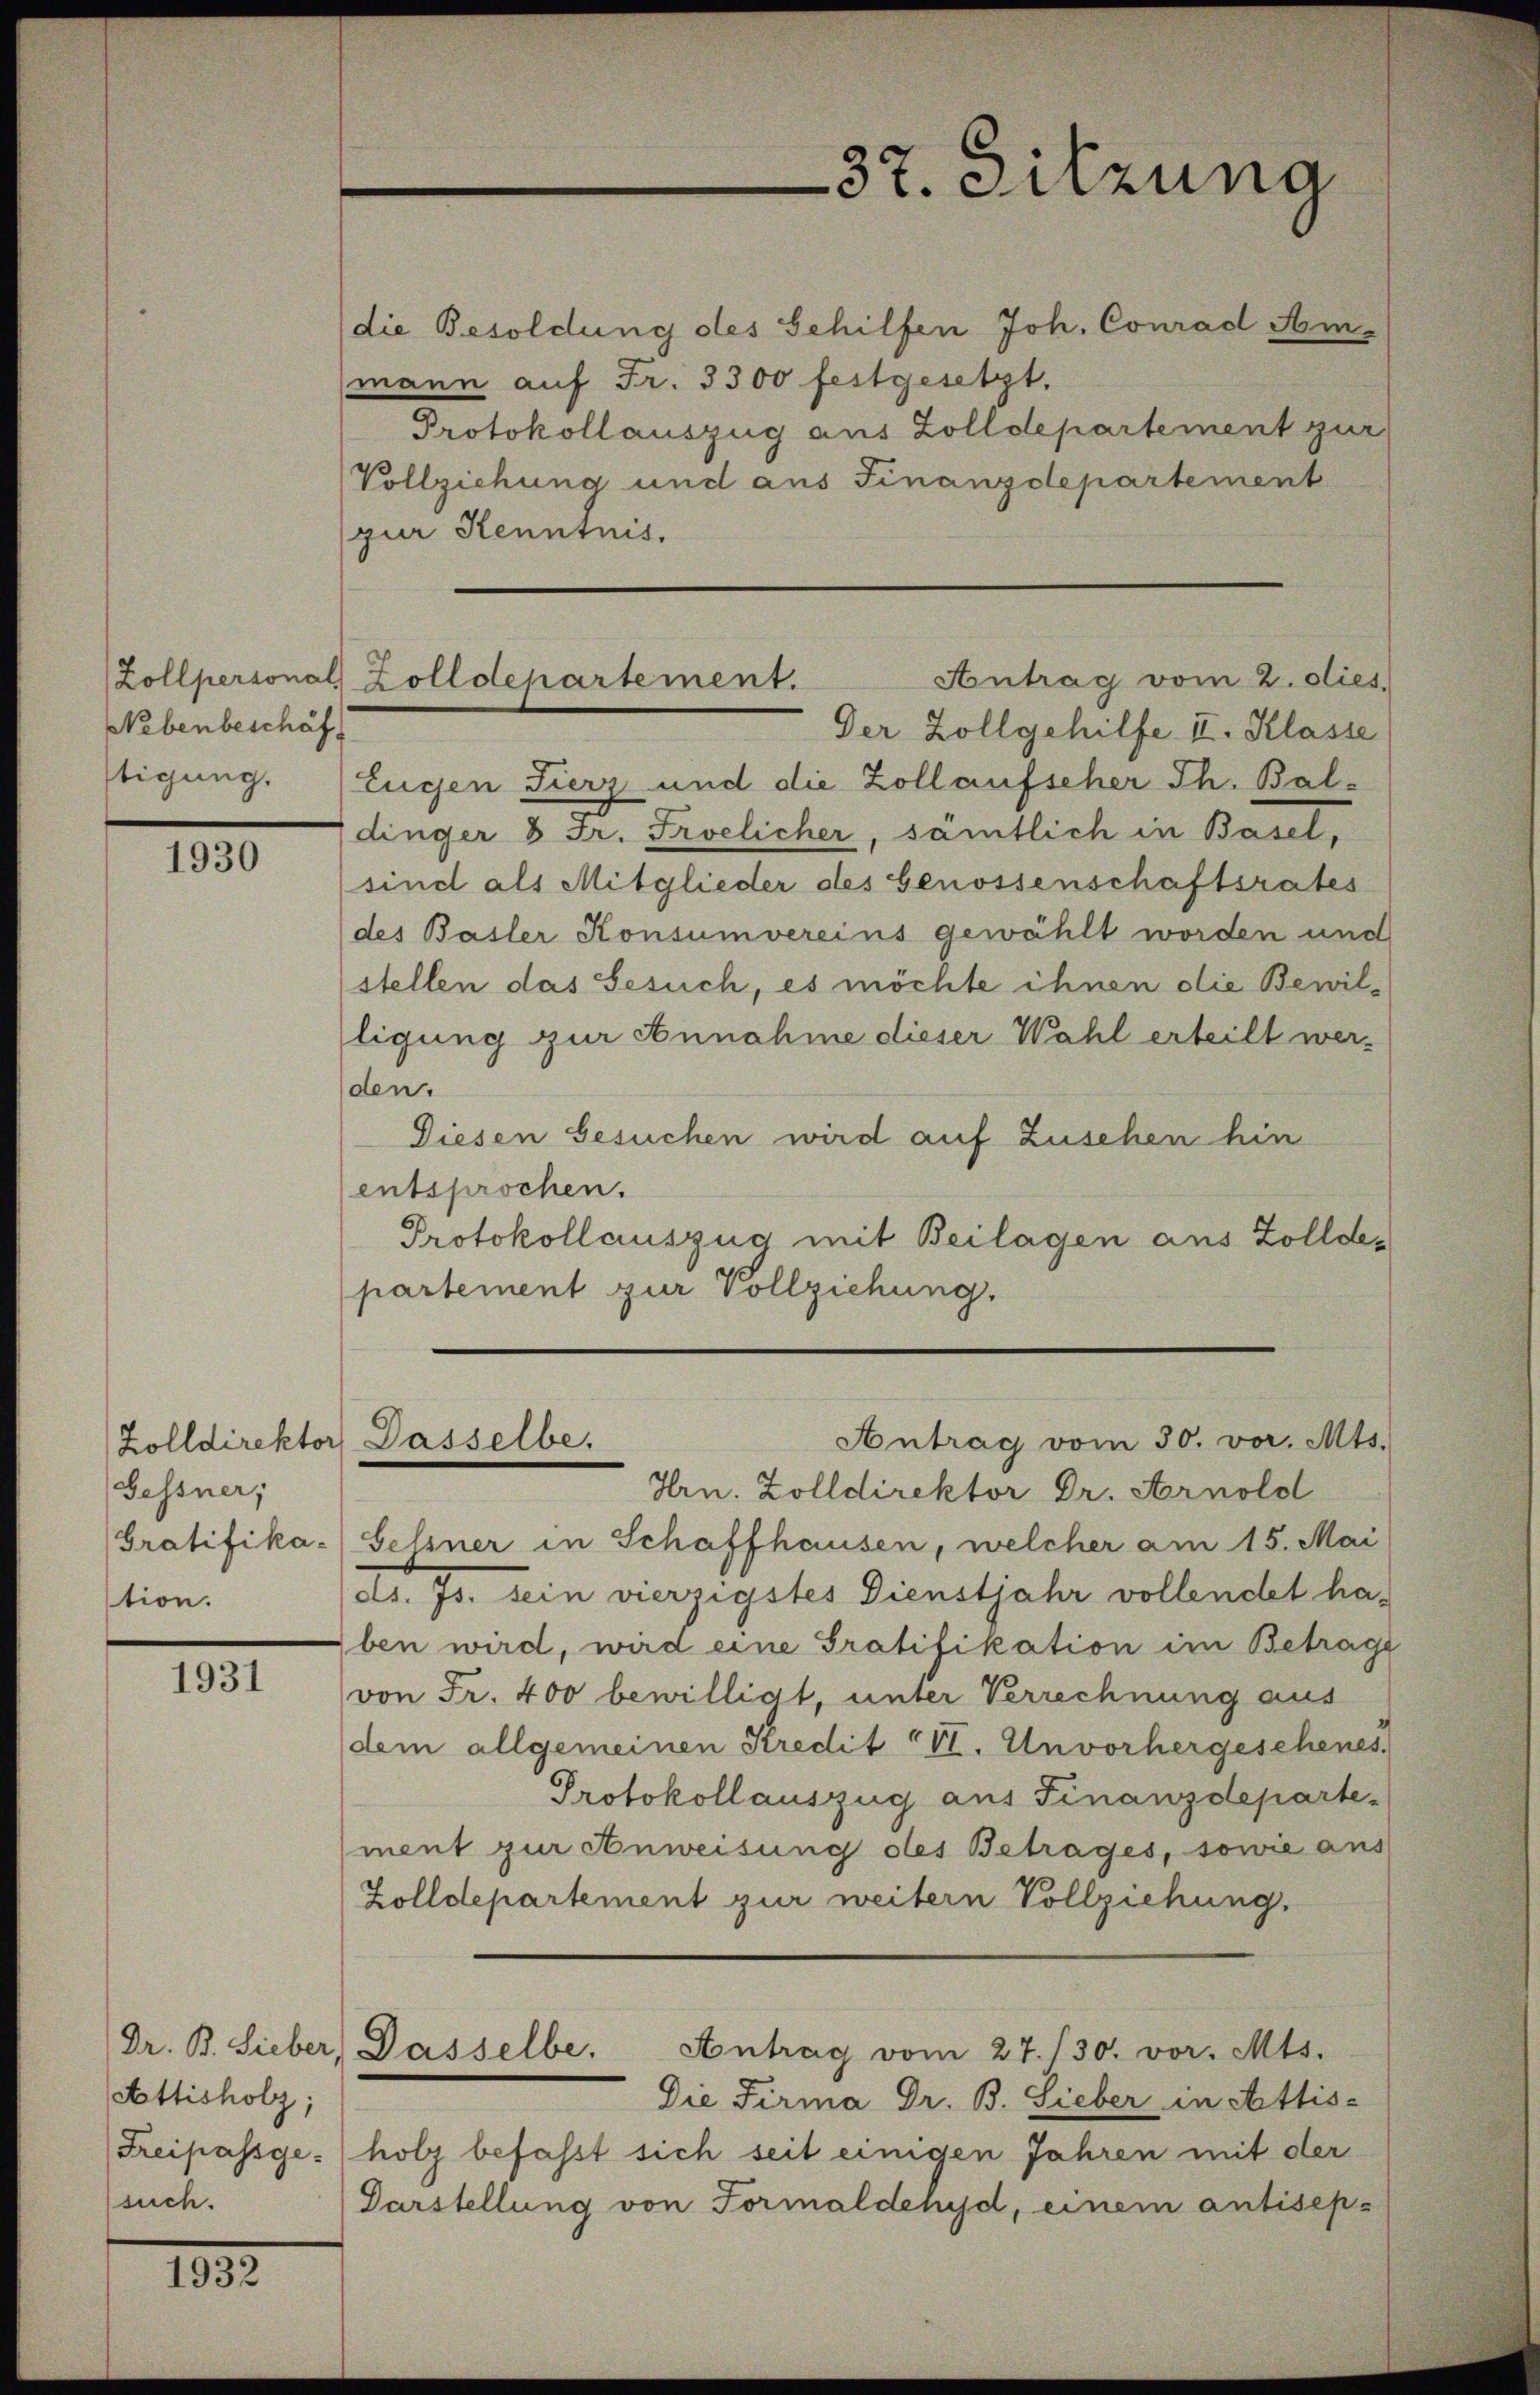
Zollpersonal
Nebenbeschäf
stigung.

1930

Gessner;
Gratifika-
stion.

1931

Dr. B. Lieber,
Attisholz;
such.

1932

zur Kenntnis.

e
d
e

37. Sitzung
die Besoldung des Gehilfen Joh. Conrad Am

Antrag vom 2. dies
Zolldepartement.
Der Zollgehilfe II. Klasse

mann auf Fr. 3300 festgesetzt,
Protokollauszug aus Zolldepartement zur
Vollziehung und aus Finanzdepartement
Eugen Fierz und die Zollaufscher Th. Baldinger 8 Fr. Froelicher, sämtlich in Basel,
sind als Mitglieder des Genossenschaftsrates
des Basler Konsumvereins gewählt worden und
stellen das Gesuch, es möchte ihnen die Bewilligung zur Annahme dieser Wahl erteilt werden.
Diesen Gesuchen wird auf Zuschen hin
entsprochen.
Protokollauszug mit Beilagen aus Zolldepartement zur Vollziehung.

Antrag vom 30. vor. Mts.
Zolldirektor Dasselbe.

Hrn. Zolldirektor Dr. Arnold
Hessner in Schaffhausen, welcher am 15. Mai
etr. Js. sein vierzigstes Dienstjahr vollendet haben wird, wird eine Gratifikation im Betrage
von Fr. 400 bewilligt, unter Verrechnung aus
dem allgemeinen Kredit CVI. Unvorhergeschenes.
Protokollauszug aus Finanzdepartement zur Anweisung des Betrages, sowie aus
Zolldepartement zur weitern Vollziehung.
Dasselbe. Antrag vom 27./30. vor. Mts.
Die Firma Dr. B. Sieber in Attis-
Freipassgeholz befasst sich seit einigen Jahren mit der
Darstellung von Formaldehyd, einem antisep-